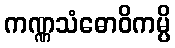
ကဏ္ဏသံဓောဝိကမ္ပိ